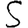
Digit: 5